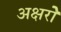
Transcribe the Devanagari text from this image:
अक्षरोें